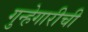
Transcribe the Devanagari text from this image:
गुन्हेगारीची